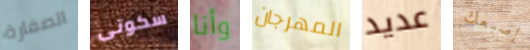
الصفارة سكوتى وأنا المهرجان عديد إصبعك